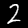
Label: 2